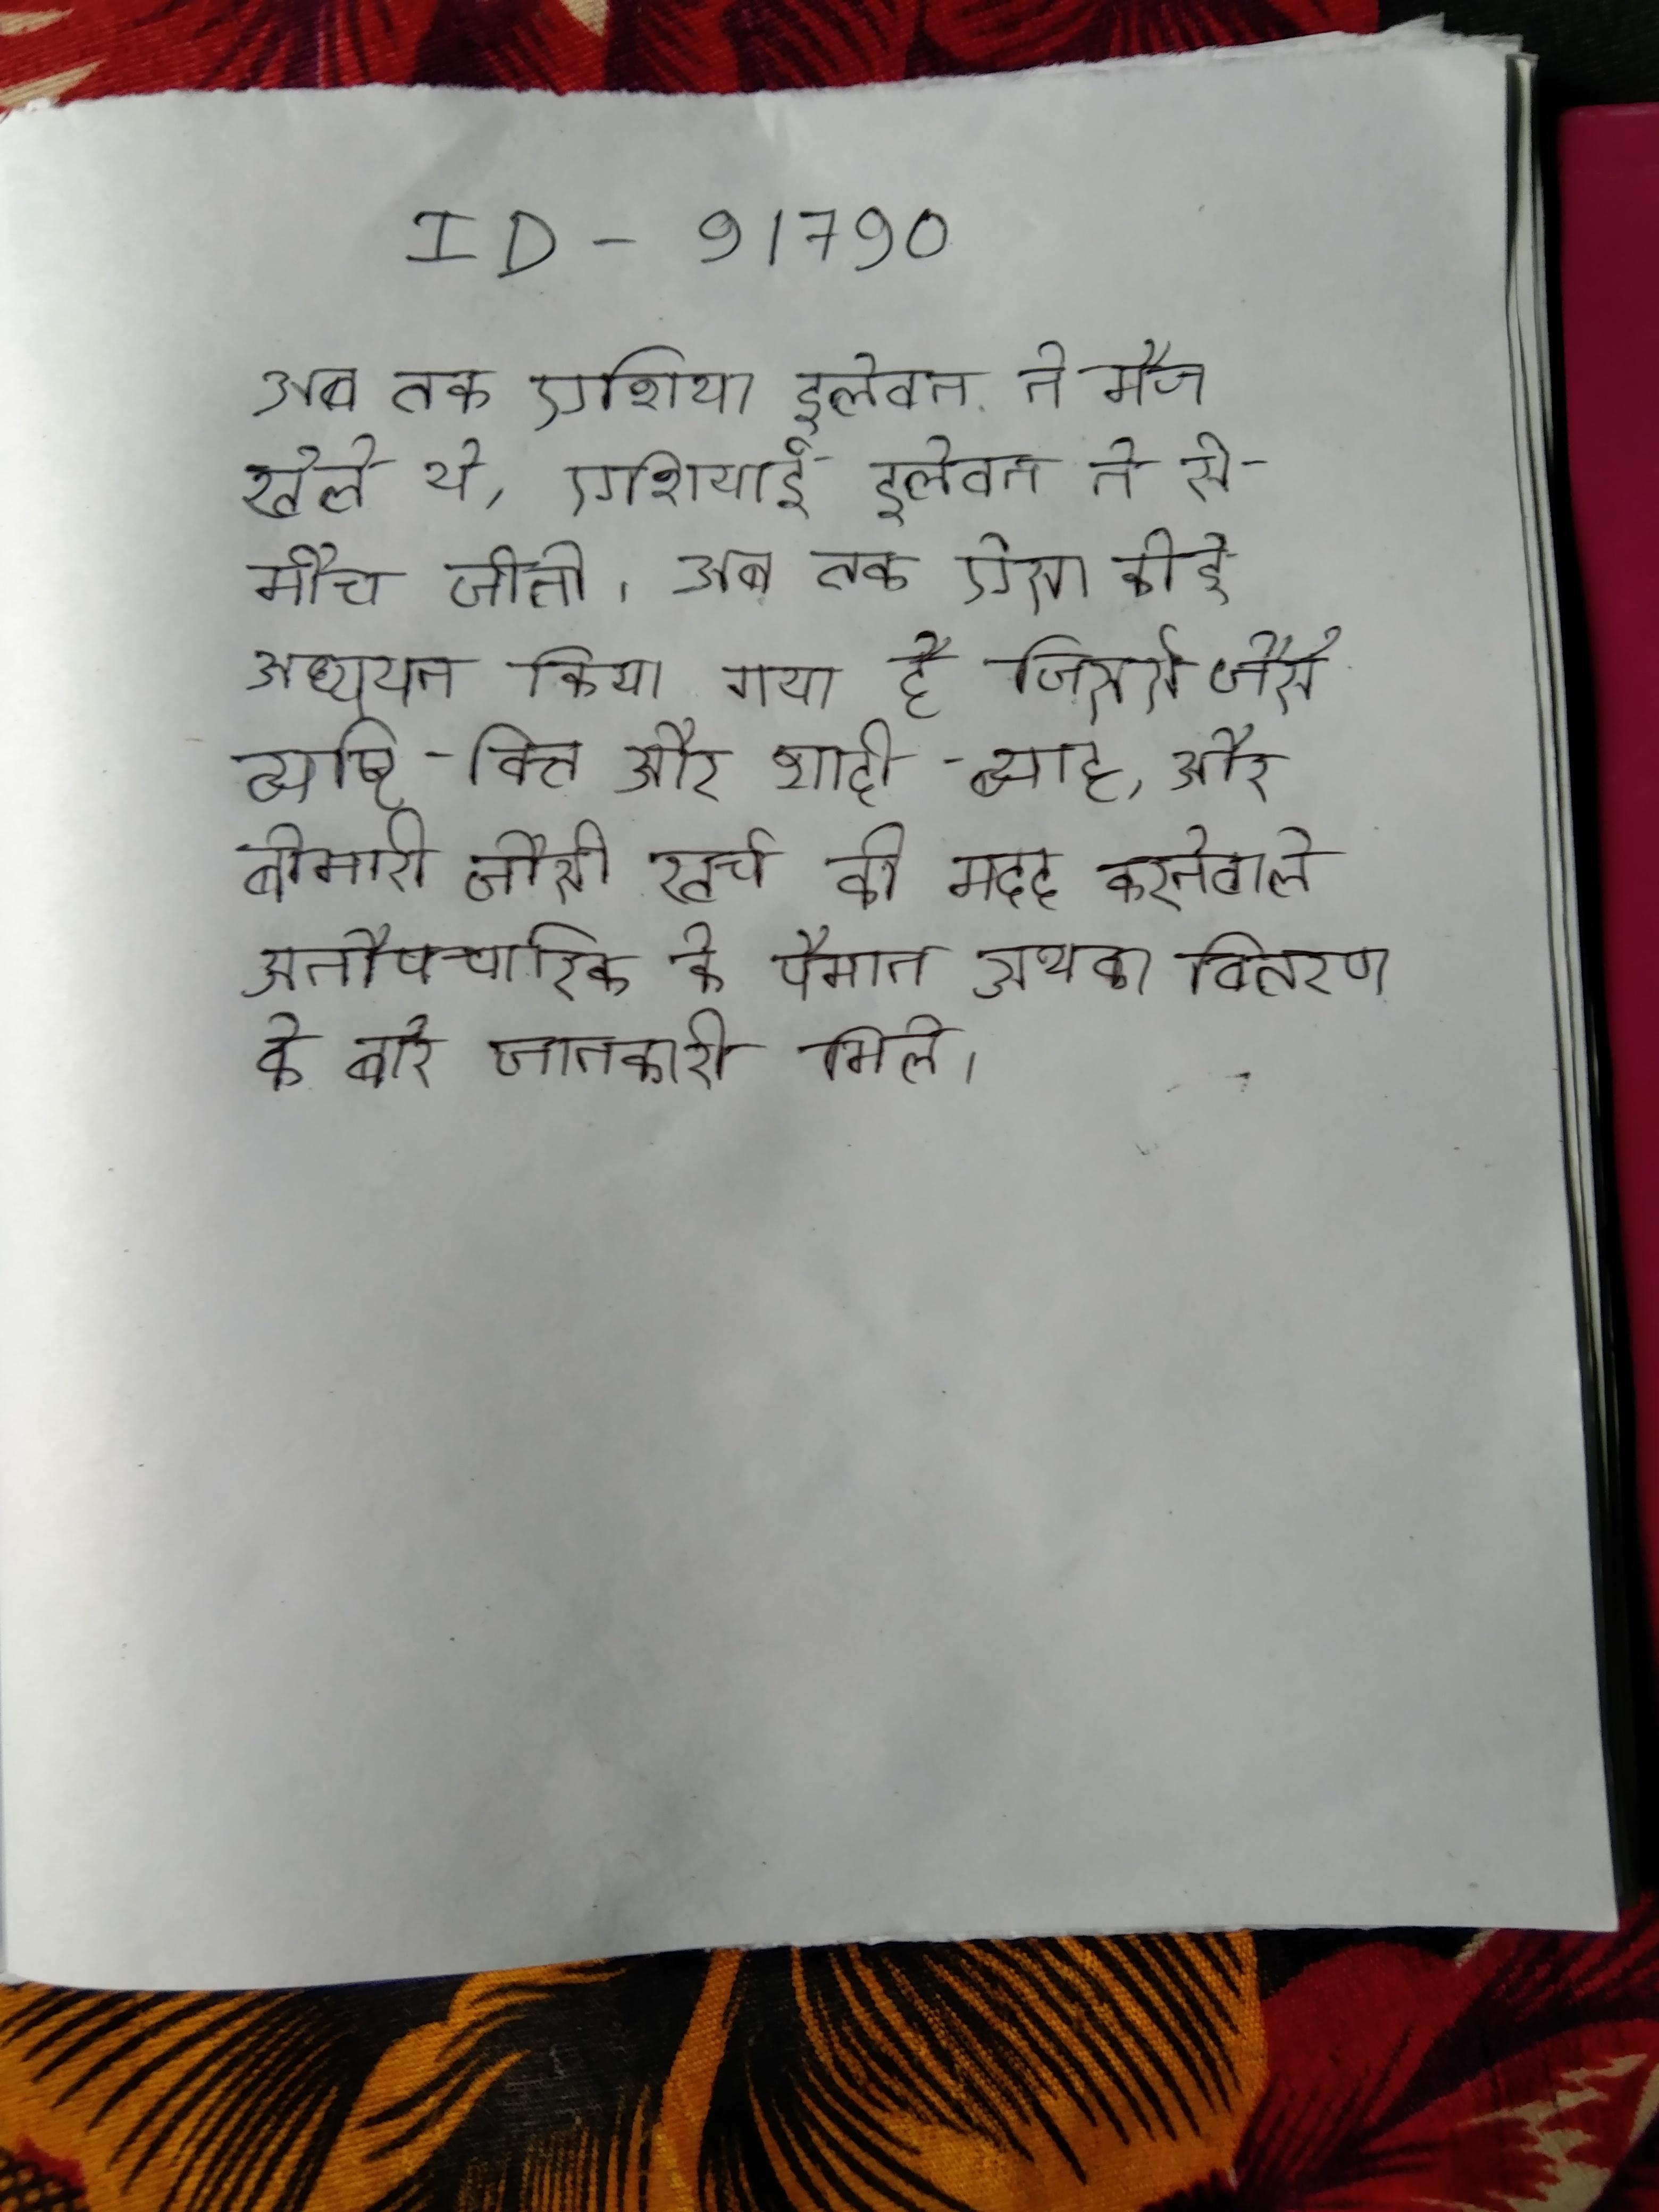
अब तक, एशिया इलेवन ने मैच खेले थे, एशियाई इलेवन ने से मैच जीते । अब तक ऐसा कोई अध्ययन किया गया है जिससे जैसे व्यष्टि-वित्त और शादी-ब्याह, और बीमारी जैसी खर्च की मदद करनेवाले अनौपचारिक के पैमाने अथवा वितरण के बारे जानकारी मिले ।